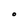
Character: O